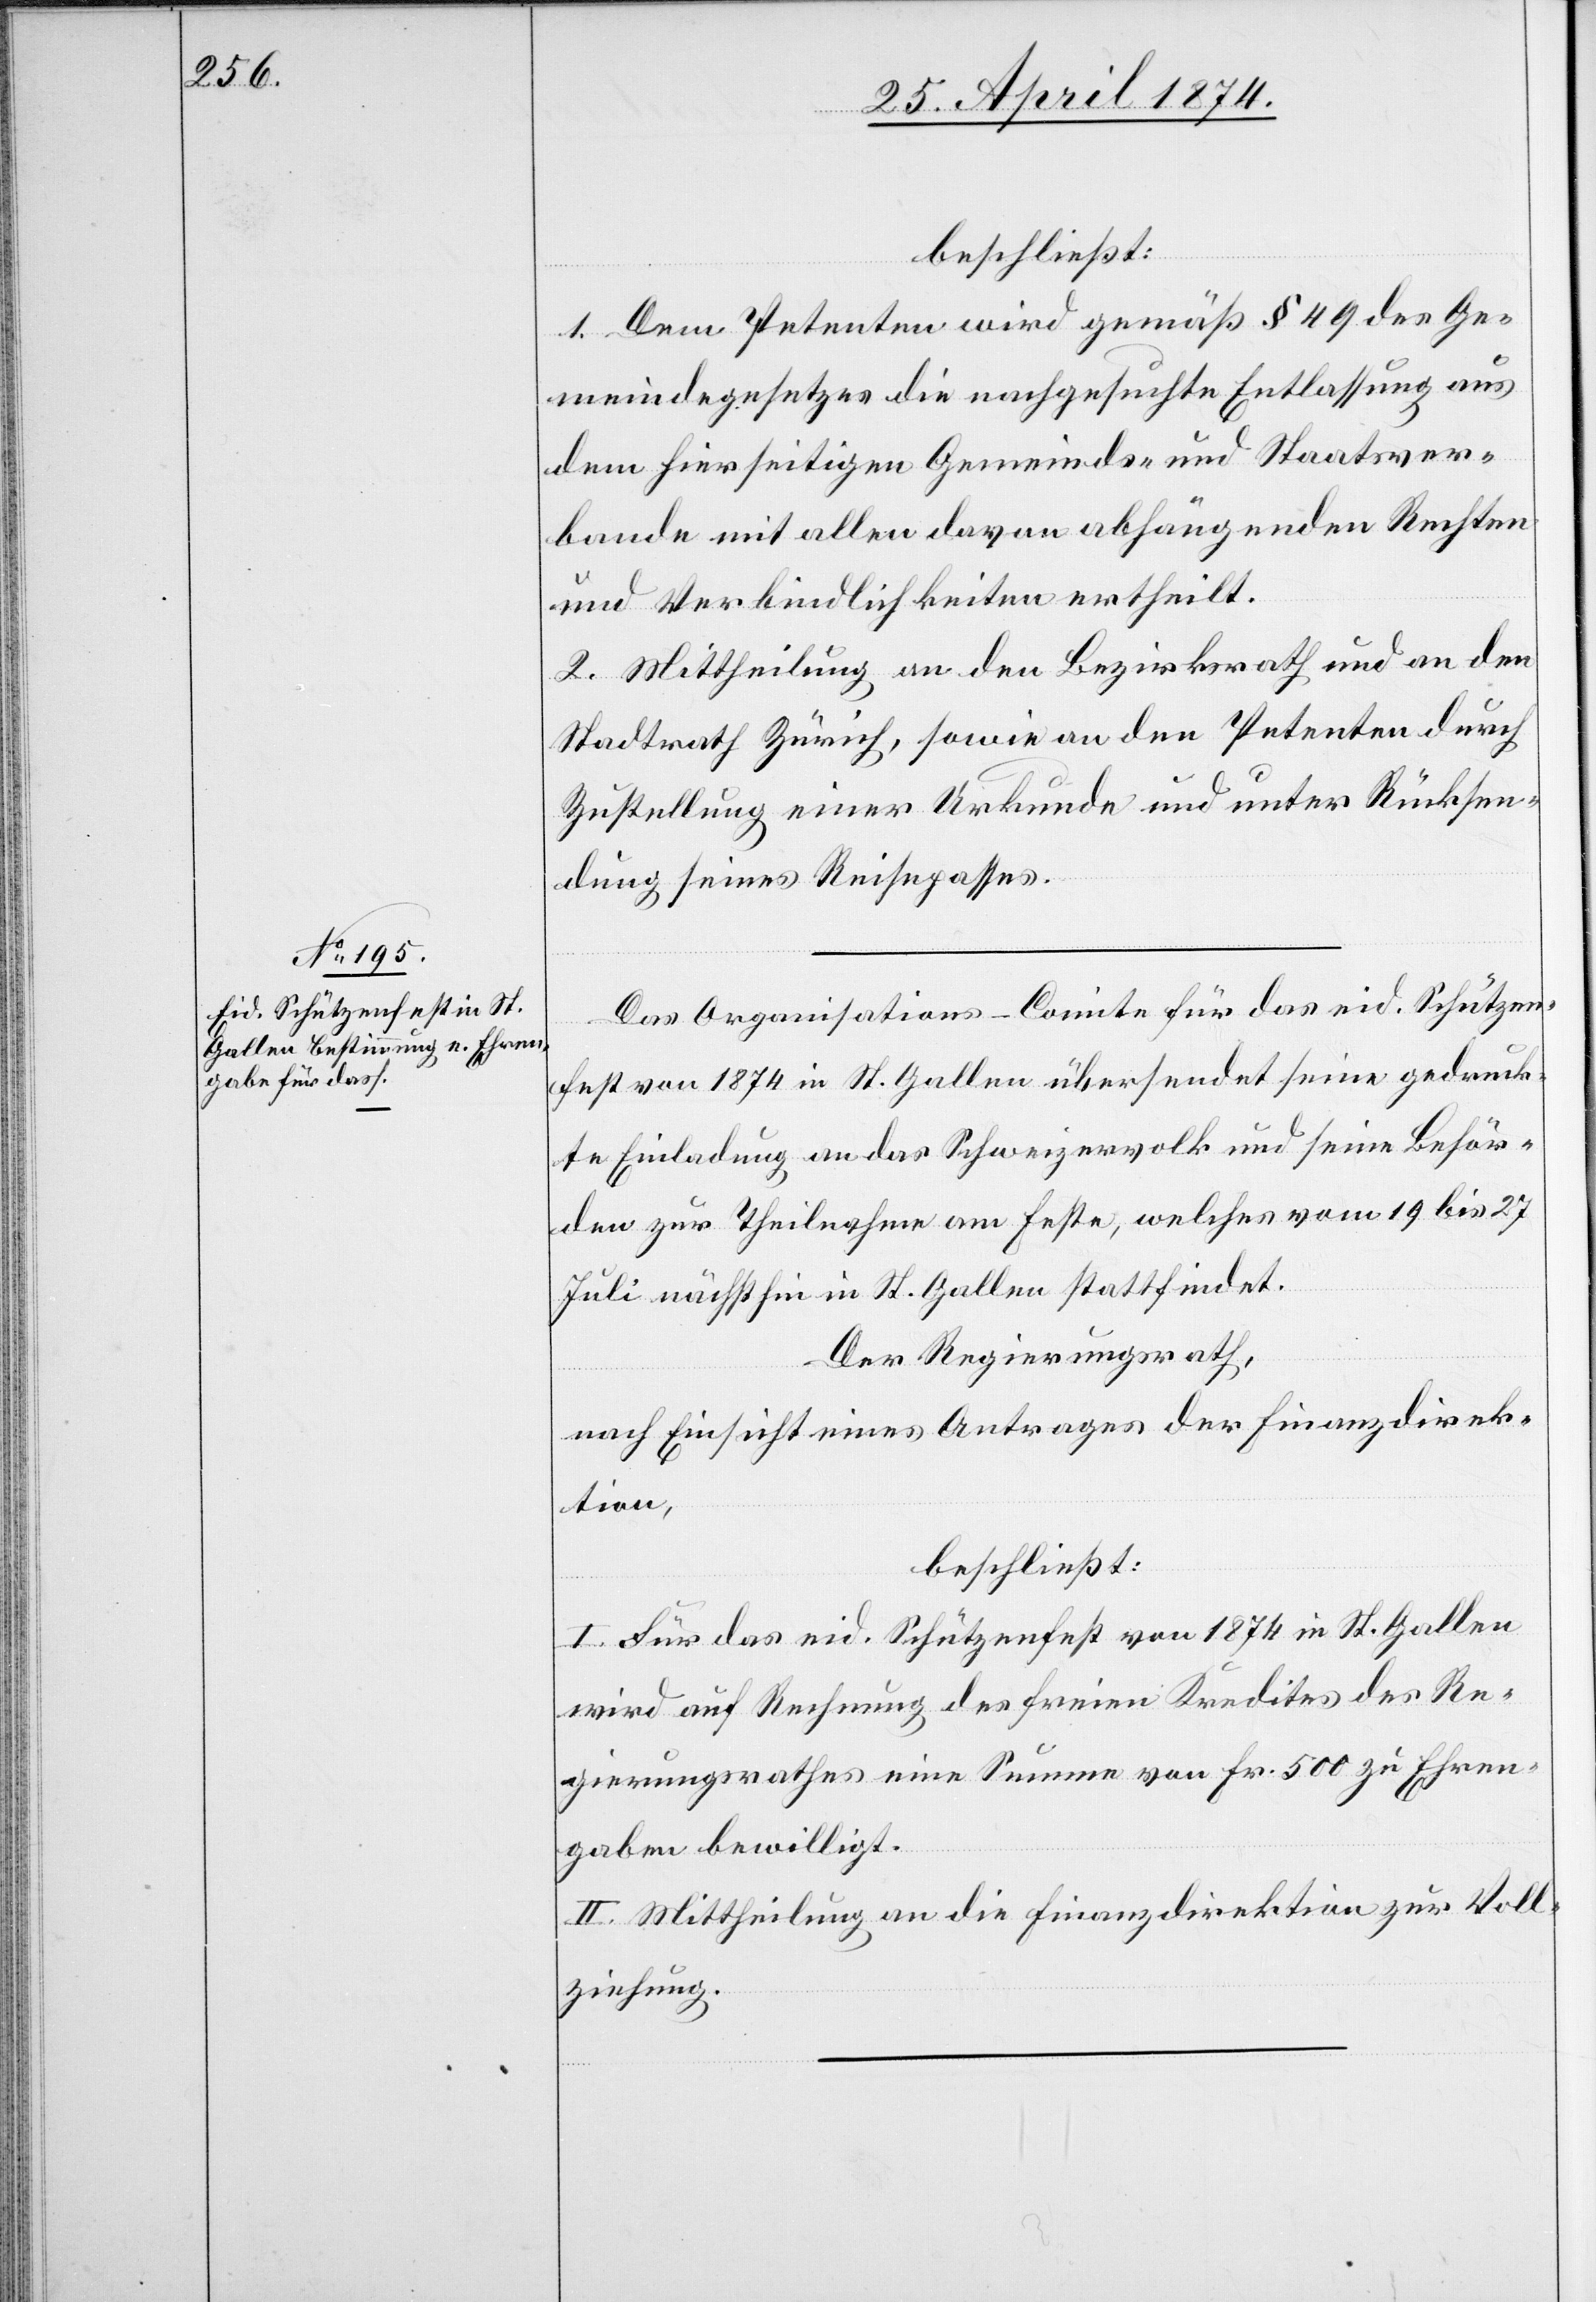
beschließt:
1. Dem Petenten wird gemäß § 49 des Ge¬
meindegesetzes die nachgesuchte Entlassung aus
dem hierseitigen Gemeinds- und Staatsver¬
bande mit allen davon abhängenden Rechten
und Verbindlichkeiten ertheilt.
2. Mittheilung an den Bezirksrath und an den
Stadtrath Zürich, sowie an den Petenten durch
Zustellung einer Urkunde und unter Rücksen¬
dung seines Reisepasses.
Das Organisations-Comite für das eid. Schützen¬
fest von 1874 in St. Gallen übersendet seine gedruck¬
te Einladung an das Schweizervolk und seine Behör¬
den zur Theilnahme am Feste, welches vom 19. bis 27.
Juli nächsthin in St. Gallen stattfindet.
Der Regierungsrath,
nach Einsicht eines Antrages der Finanzdirek¬
tion,
beschließt:
I. Für das eid. Schützenfest von 1874 in St. Gallen
wird auf Rechnung des freien Kredites des Re¬
gierungsrathes eine Summe von Fr. 500 zu Ehren¬
gaben bewilligt.
II. Mittheilung an die Finanzdirektion zur Voll¬
ziehung.